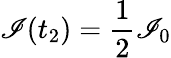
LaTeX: \mathscr{I}(t_{2})=\frac{{1}}{{2}}\mathscr{I}_{0}